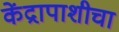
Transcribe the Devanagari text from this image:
केंद्रापाशीचा